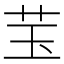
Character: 𱽑